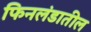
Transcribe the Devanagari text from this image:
फिनलंडातील